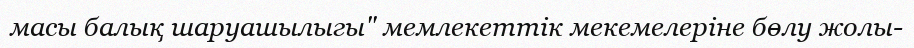
масы балық шаруашылыгы" мемлекеттік мекемелеріне бөлу жолы-